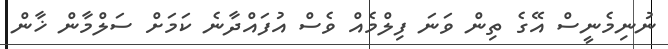
ނުނިމެނީސް އޭގެ ތިން ވަނަ ފިލްމެއް ވެސް އުފައްދާނެ ކަމަށް ސަލްމާން ޚާން